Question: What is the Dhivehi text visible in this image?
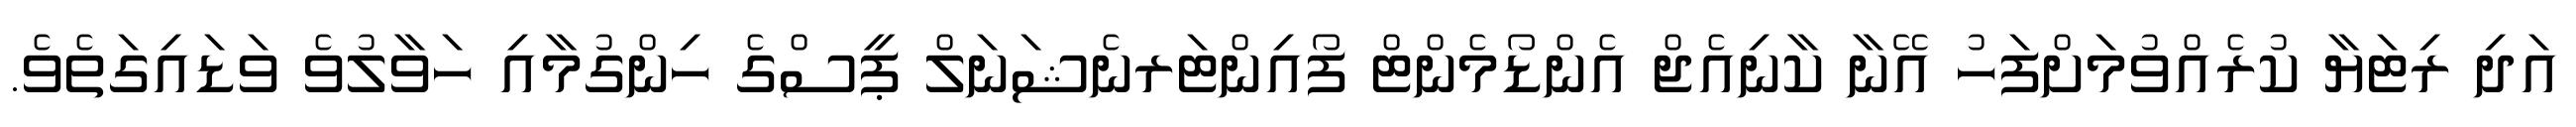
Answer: އަދި ރިޓަޔާ ކުރެއްވުމަށްފަހު އޭނާ ކާނިއެޖް އެންޑޯމެންޓް ފޯއިންޓަރނެޝަނަލް ޕީސްގެ ހިންގުމާއި ހަވާލުވެ ވަޑައިގަތެވެ.